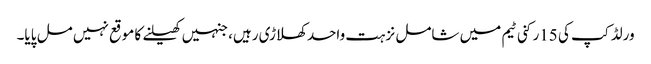
ورلڈ کپ کی 15رکنی ٹیم میں شامل نزہت واحد کھلاڑی رہیں، جنہیں کھیلنے کا موقع نہیں مل پایا۔